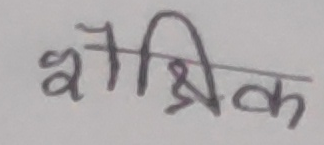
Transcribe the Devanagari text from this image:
शैक्षिक